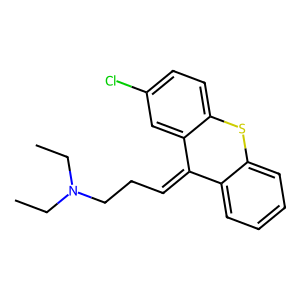
SMILES: CCN(CC)CCC=C1c2ccccc2Sc2ccc(Cl)cc21
Inhibits HIV replication: No